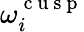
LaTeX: \omega_{i}^{\mathrm{~c~u~s~p~}}